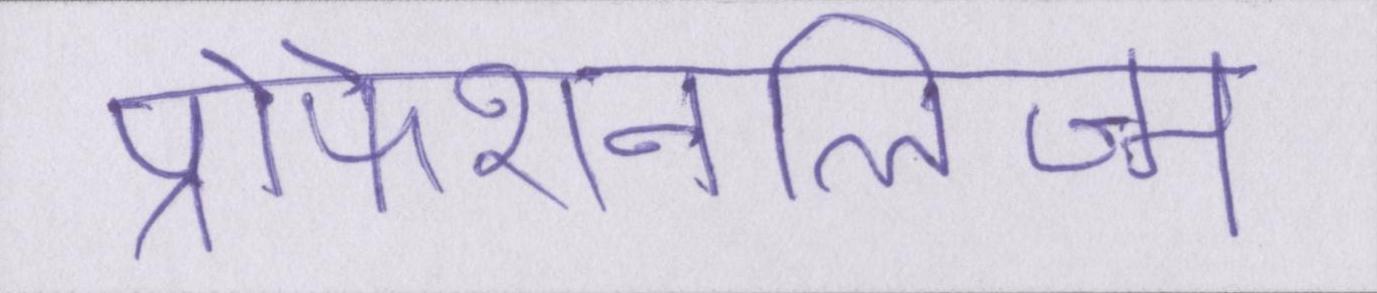
प्रोफेशनलिज्म